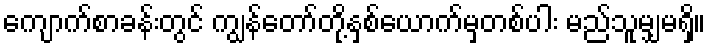
ကျောက်စာခန်းတွင် ကျွန်တော်တို့နှစ်ယောက်မှတစ်ပါး မည်သူမျှမရှိ။